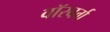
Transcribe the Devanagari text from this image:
वॉरबर्ग